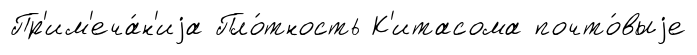
Пр'им'еча́н'иjа Пло́тность К'итасома почто́выjе